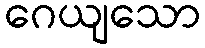
ဂေယျသော